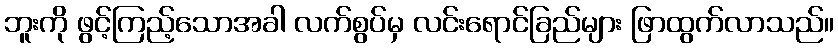
ဘူးကို ဖွင့်ကြည့်သောအခါ လက်စွပ်မှ လင်းရောင်ခြည်များ ဖြာထွက်လာသည်။